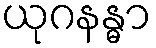
ယုဂနန္ဓာ